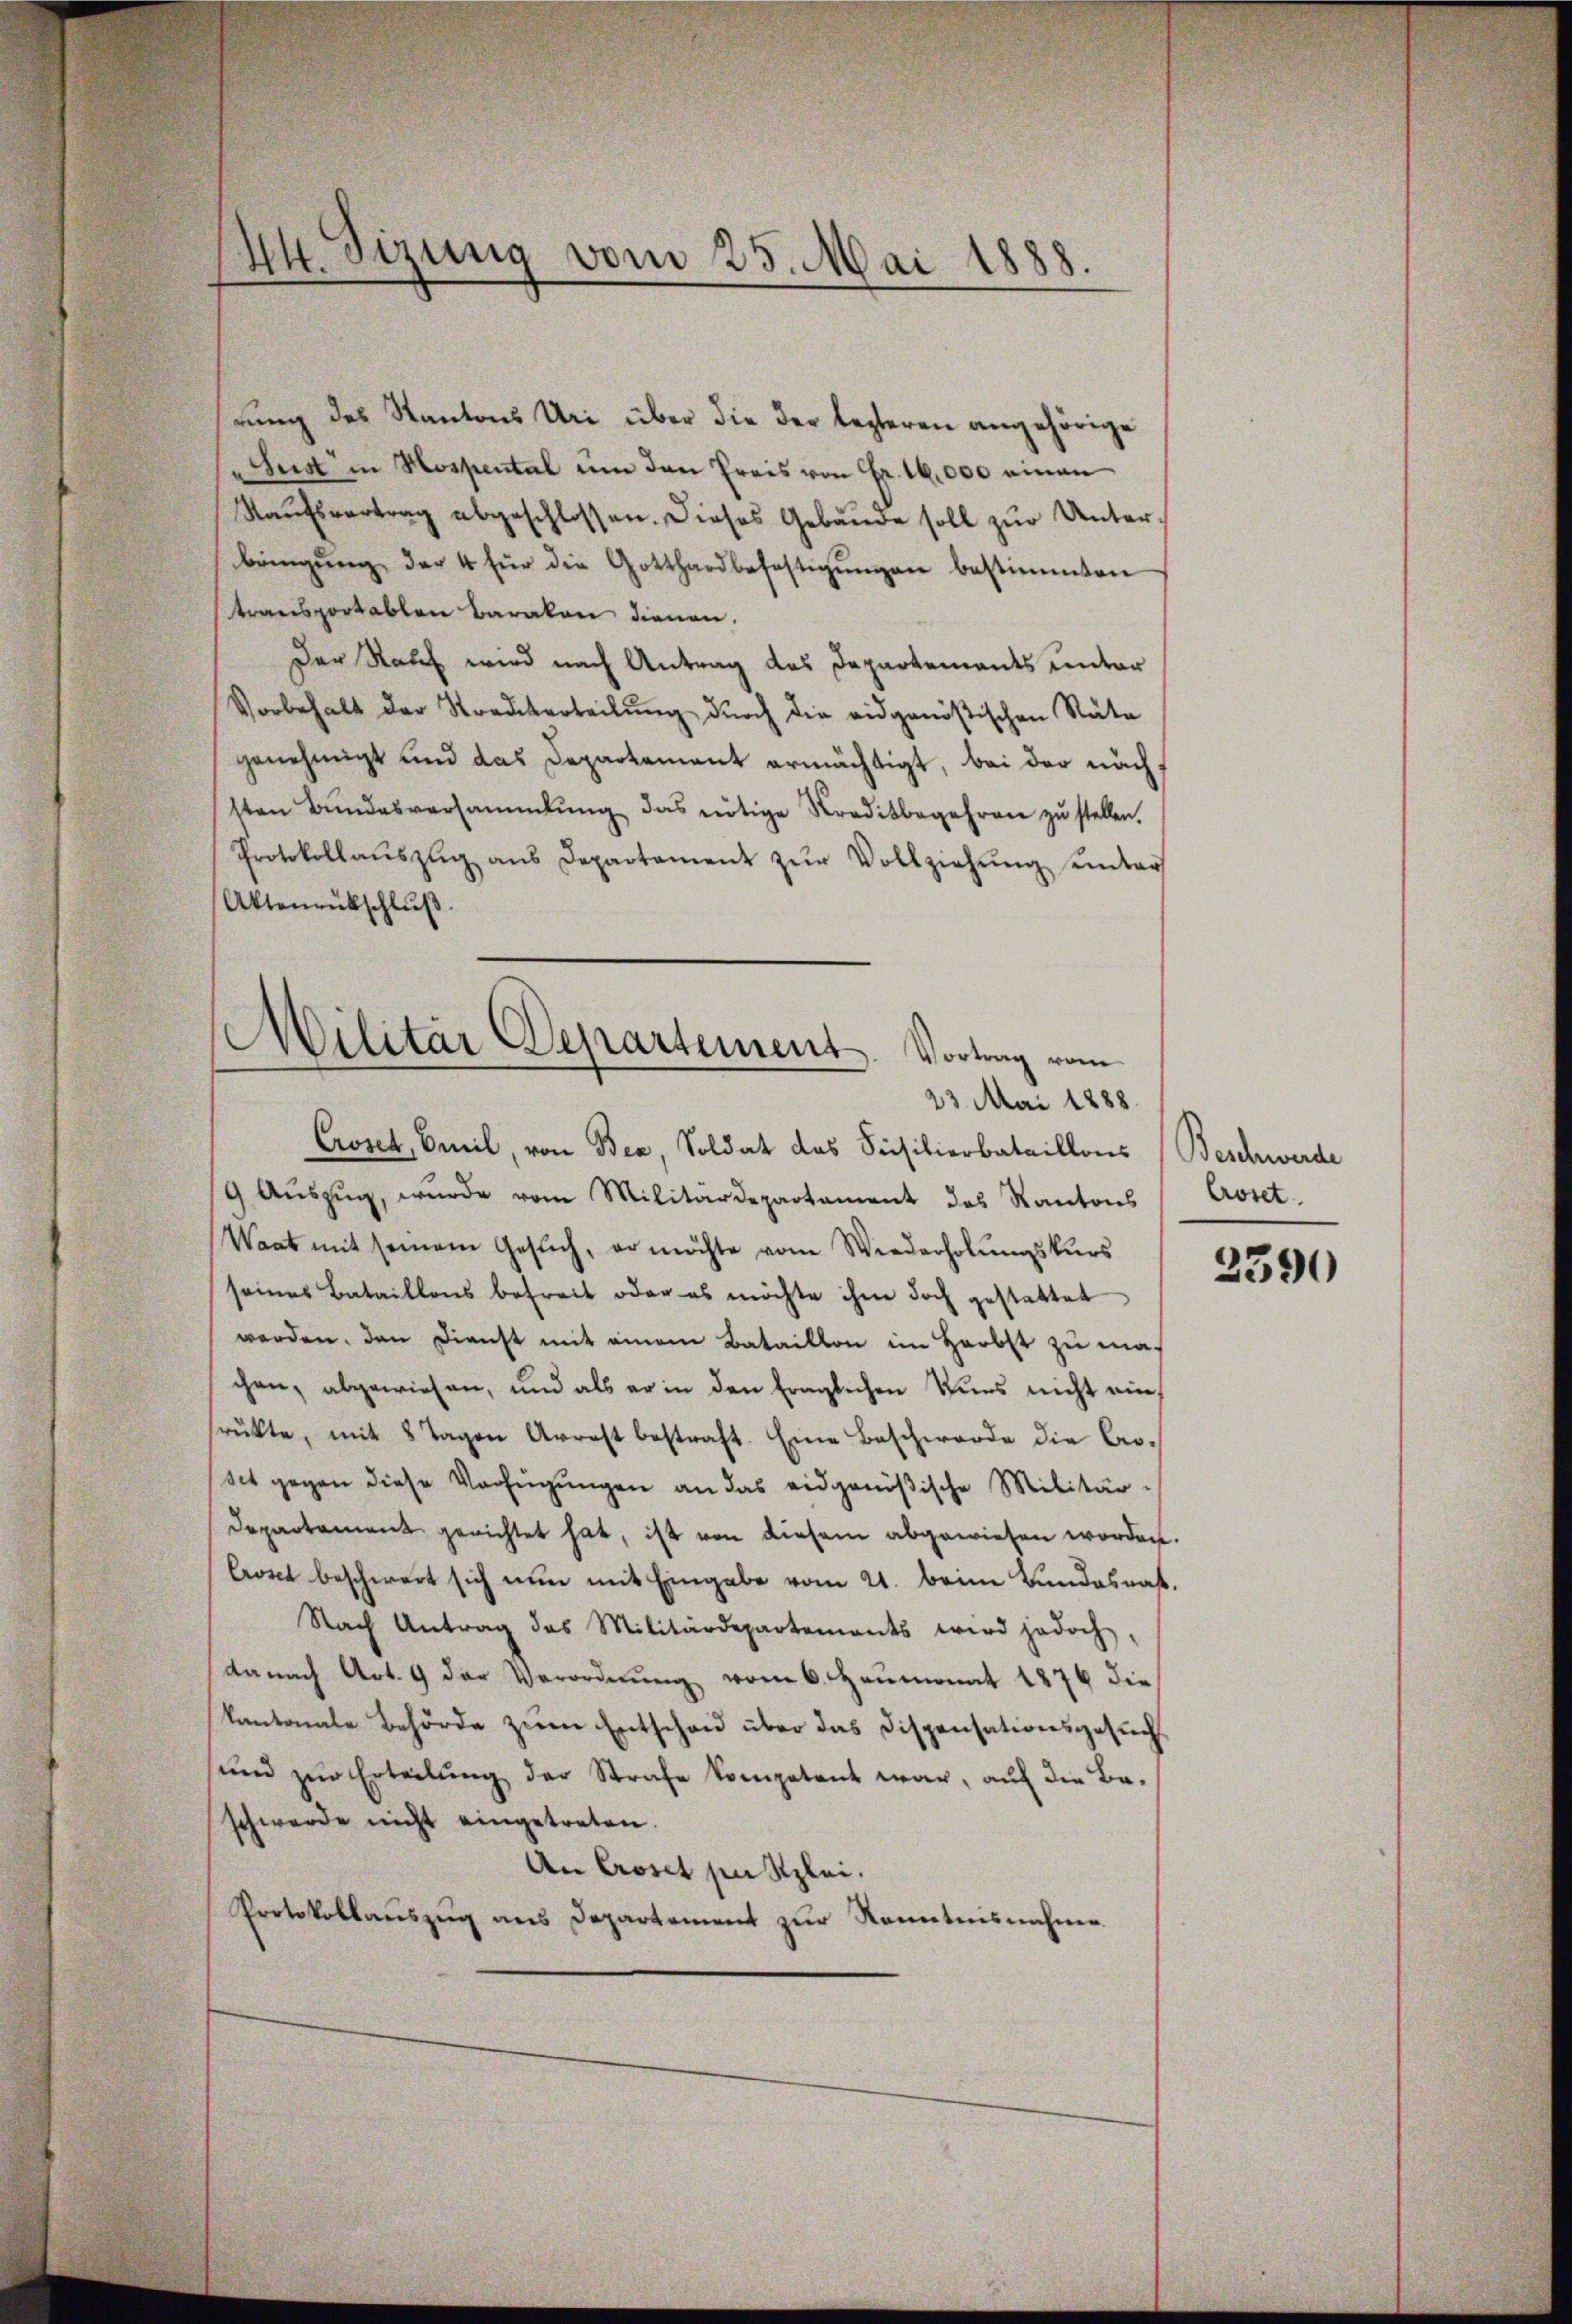
.
Kt. Sizung vom 25. Mai 1888.

rung des Kantons Uri über die der lezteren angehörige
Tust in Hospental en den Preis von Fr. 16,000 einen
Raŭfsvertrag abgeschlossen. Dieses Gebäŭde soll zŭr Unterbringŭng der 4 für die Gotthardbefestigŭngen bestimmten
transportablen Baralen dienen.
Der Rauf wird nach Antrag des Departements unter
Vorbehalt der Stradikerteilŭng durch die eidgenößischen Räte
genehmigt und das Departement ermächtigt, bei der nach
sten Bŭndesversammlung das nötige Kreditbegehren zŭ stellen.
Protokollaŭszŭg ans Departament zŭr Vollziehŭng ŭnter
Aktenrückschluß

.
Wilitar Departement. Vortrag vom

23. Mai 1888.
Croset, Emil, von Bea, Soldat das Füsilierbataillons (Beschwerde
9. Aŭszŭg, wurde vom Militärdepartament des Kantons
Waat mit seinem Gesŭch, er möchte vom Wiederholungskurs
seines Bataillons befreit oder es möchte ihm doch gestattet
werden, den Dienst mit einem Bataillon im Herbst zu machen, abgewiesen, und als er in den fraglichen Kurs nicht einrükte, mit 8 Tagen Arrest bestraft. Eine Beschwerde die Cro-
set gegen diese Verfügŭngen an das eidgenößische Militär-
Departament gerichtet hat, ist von diesem abgewiesen worden.
Crost beschwert sich nun mit Eingabe vom 21. beim Bundesrat.
Nach Antrag das Militärdepartements wird jedoch,
danach Art. 9 der Verordnŭng vom 6. Heumonat 1876 die
kantonale Behörde zum Entschau über das Dispensationsgesuch
und zur Erteilung der Strafe kompetent war, auf die Beschwerde nicht eingetreten.
An Croset setzlei.
Protokollaŭszŭg ans Departement zŭr Kenntnisnahme

Croset

2390